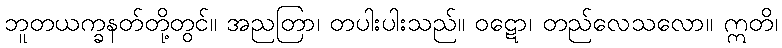
ဘူတယက္ခနတ်တို့တွင်။ အညတြာ၊ တပါးပါးသည်။ ဝဋော၊ တည်လေသလော။ ဣတိ၊